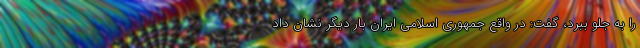
را به جلو ببرد، گفت: در واقع جمهوری اسلامی ایران بار دیگر نشان داد